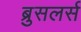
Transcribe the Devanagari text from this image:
ब्रुसलर्स